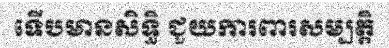
ទើបមានសិទ្ធិ ជួយការពារសម្បត្តិ